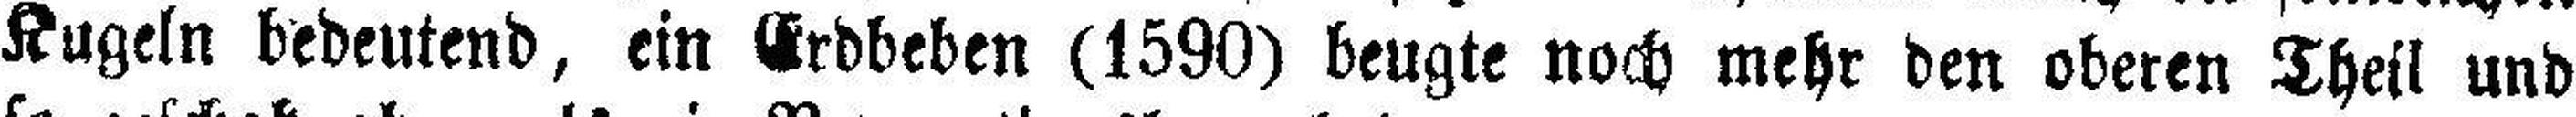
Kugeln bedeutend, ein Erdbeben (1590) beugte noch mehr den oberen Theil und